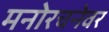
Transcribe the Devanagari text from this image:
मनोरचनेवर